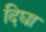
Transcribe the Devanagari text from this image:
दिघा